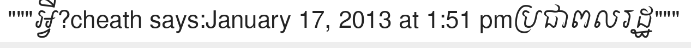
"""អ្វី?cheath says:January 17, 2013 at 1:51 pmប្រជាពលរដ្ឋ"""